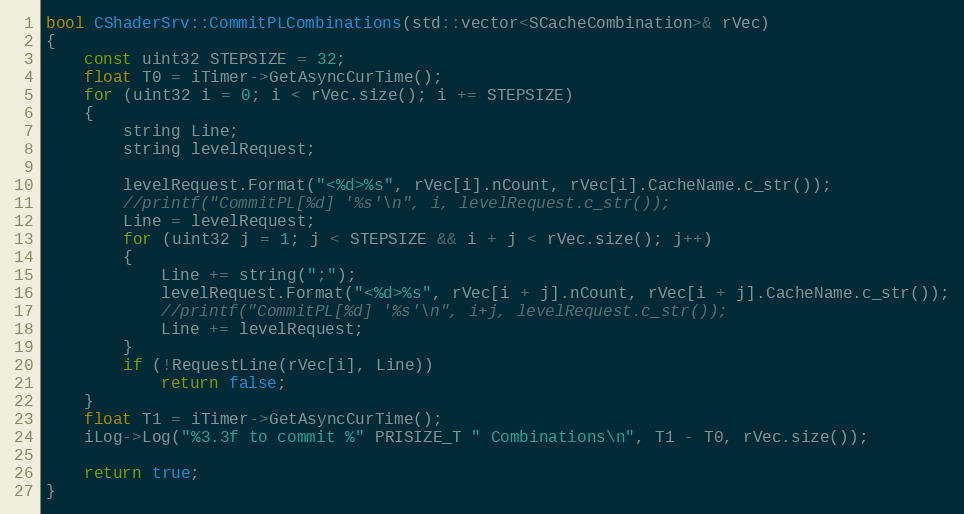
Language: C++
bool CShaderSrv::CommitPLCombinations(std::vector<SCacheCombination>& rVec)
{
	const uint32 STEPSIZE = 32;
	float T0 = iTimer->GetAsyncCurTime();
	for (uint32 i = 0; i < rVec.size(); i += STEPSIZE)
	{
		string Line;
		string levelRequest;

		levelRequest.Format("<%d>%s", rVec[i].nCount, rVec[i].CacheName.c_str());
		//printf("CommitPL[%d] '%s'\n", i, levelRequest.c_str());
		Line = levelRequest;
		for (uint32 j = 1; j < STEPSIZE && i + j < rVec.size(); j++)
		{
			Line += string(";");
			levelRequest.Format("<%d>%s", rVec[i + j].nCount, rVec[i + j].CacheName.c_str());
			//printf("CommitPL[%d] '%s'\n", i+j, levelRequest.c_str());
			Line += levelRequest;
		}
		if (!RequestLine(rVec[i], Line))
			return false;
	}
	float T1 = iTimer->GetAsyncCurTime();
	iLog->Log("%3.3f to commit %" PRISIZE_T " Combinations\n", T1 - T0, rVec.size());

	return true;
}